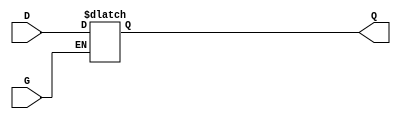
module GatedTransparentLatch (
    input wire D,    // Data Input
    input wire G,    // Gate/Enable Signal
    output reg Q     // Output
);

// Always block to implement the gated latch behavior
always @(*) begin
    if (G) begin
        // When G is high, Q follows D
        Q = D;
    end
    // When G goes low, Q retains its last value (hold state)
end

endmodule